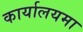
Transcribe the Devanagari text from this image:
कार्यालयमा